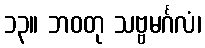
၁၃။ ဘဝတု သဗ္ဗမင်္ဂလံ၊